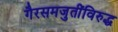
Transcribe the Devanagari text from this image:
गैरसमजुतींविरुद्ध